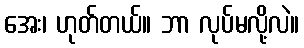
အေး၊ ဟုတ်တယ်။ ဘာ လုပ်မလို့လဲ။